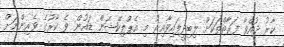
ކާރު ދުއްވާ ފަރާތްތަކަށް ލިބިދީފައިވާއިރު މި އެޕްލިކޭޝަން ޑައުން ވެ ކާރުގެ ވެރިންނަށް